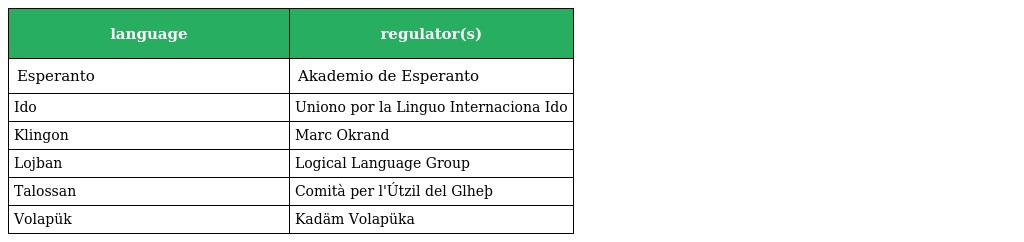
| language | regulator(s) |
 | --- | --- |
 | Esperanto | Akademio de Esperanto |
 | Ido | Uniono por la Linguo Internaciona Ido |
 | Klingon | Marc Okrand |
 | Lojban | Logical Language Group |
 | Talossan | Comità per l'Útzil del Glheþ |
 | Volapük | Kadäm Volapüka |